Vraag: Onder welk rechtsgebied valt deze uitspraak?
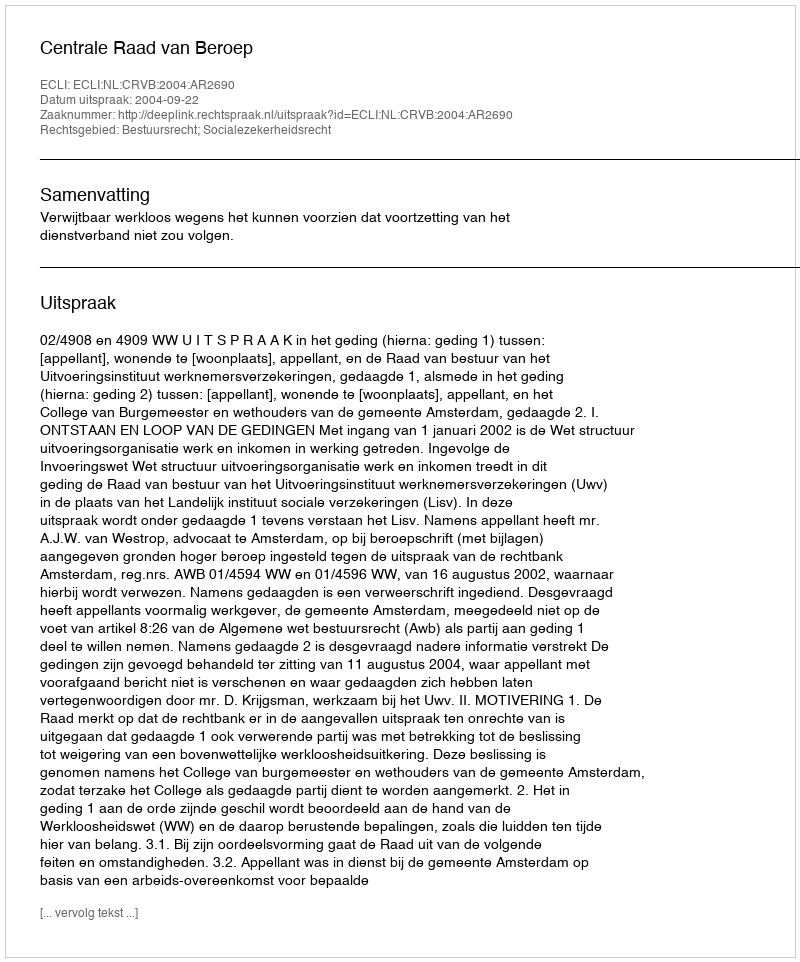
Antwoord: Bestuursrecht; Socialezekerheidsrecht